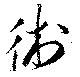
術